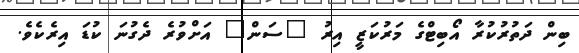
ބިން ދަތުރުކުރާ އޯބިޓްގެ މަރުކަޒީ އިރު "ސަން" އަށްވުރެ ދެގުނަ ކުޑަ އިރެކެވެ.